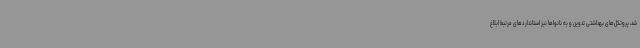
شد، پروتکل‌های بهداشتی تدوین و به نانواها نیز استانداردهای مرتبط ابلاغ